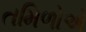
તમિળોએ